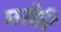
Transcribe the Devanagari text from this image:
मरोरि